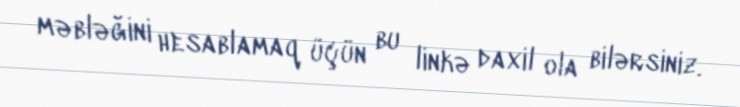
məbləğini hesablamaq üçün bu linkə daxil ola bilərsiniz.